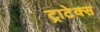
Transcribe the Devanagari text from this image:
ट्राटेक्स